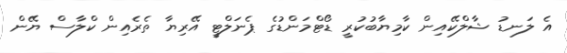
އެ ލަނޑު ޝާލްކޭއިން ކާމިޔާބުކުރީ ޑޯޓްމަންޑުގެ ޕެނަލްޓީ އޭރިޔާ ތެރެއިން ކްލާސް ޔޭން